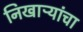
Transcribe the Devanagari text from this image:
निखाऱ्यांचा